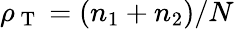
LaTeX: \rho_{\mathrm{~T~}}=(n_{1}+n_{2})/N